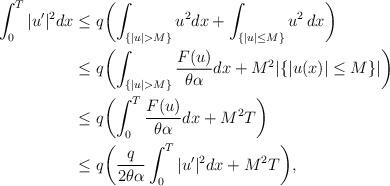
LaTeX: \begin{align*}\int_0^T |u'|^2 dx &\le q\biggl(\int_{\{|u|> M\}} u^2 dx + \int_{\{|u|\le M\}} u^2\, dx\biggr)\\&\le q\biggl(\int_{\{|u|> M\}} \frac{F(u)}{\theta\alpha} dx + M^2|\{|u(x)|\le M\}|\biggr)\\&\le q\biggl(\int_{0}^T \frac{F(u)}{\theta\alpha} dx + M^2T\biggr)\\&\le q\biggl(\frac{q}{2\theta\alpha}\int_0^T |u'|^2 dx + M^2T\biggr),\end{align*}